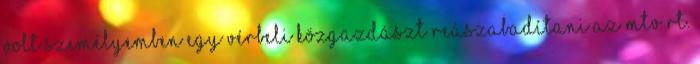
volt személyemben egy vérbeli közgazdászt re­á­szabadítani az MTV Rt.